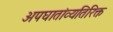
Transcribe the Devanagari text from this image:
अपघातांव्यतिरिक्त